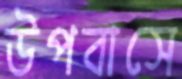
উপবাসে